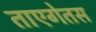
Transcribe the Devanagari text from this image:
ताएगेतस